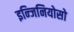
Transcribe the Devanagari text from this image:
इन्जिनियोसो